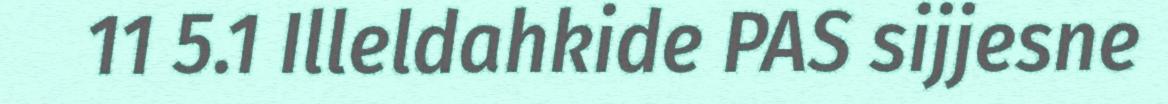
11 5.1 Illeldahkide PAS sijjesne